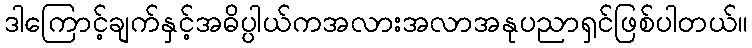
ဒါကြောင့်ချက်နှင့်အဓိပ္ပါယ်ကအလားအလာအနုပညာရှင်ဖြစ်ပါတယ်။